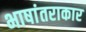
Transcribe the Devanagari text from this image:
भाषांतराकार